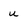
Character: u